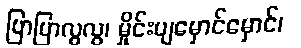
ပြာပြာလွလွ၊ မှိုင်းပျမှောင်မှောင်၊